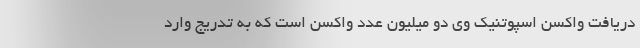
دریافت واکسن اسپوتنیک وی دو میلیون عدد واکسن است که به تدریج وارد